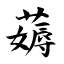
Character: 薅